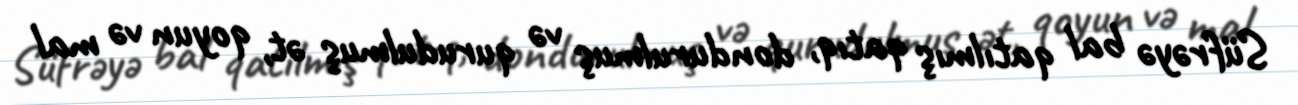
Süfrəyə bal qatılmış qatıq, dondurulmuş və qurudulmuş ət, qoyun və mal